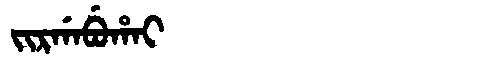
Manchu: ᠵᡳᡵᡤᠠᠪᡠᡥᠠᡳ
Romanization: JIRGABUHAI